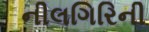
નીલગિરિની